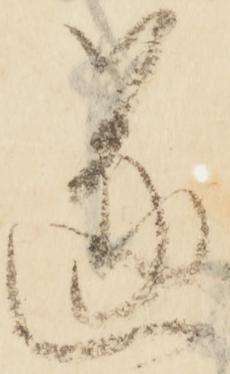
遂